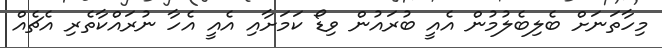
މިހާތަނަށް ބެލިބެލުމުން އެއީ ބުރައުން ވިޑޯ ކަމަށާއި އެއީ އެހާ ނުރައްކާތެރި އެޗެއް